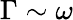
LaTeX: \Gamma\sim\omega